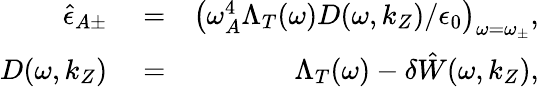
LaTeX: \begin{array}{rlr}{\hat{\epsilon}_{A\pm}}&{{}=}&{\left(\omega_{A}^{4}\Lambda_{T}(\omega)D(\omega,k_{Z})/\epsilon_{0}\right)_{\omega=\omega_{\pm}},}\\ {D(\omega,k_{Z})}&{{}=}&{\Lambda_{T}(\omega)-\delta\hat{W}(\omega,k_{Z}),}\end{array}